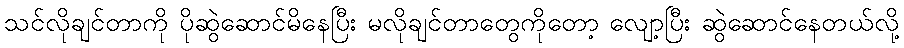
သင်လိုချင်တာကို ပိုဆွဲဆောင်မိနေပြီး မလိုချင်တာတွေကိုတော့ လျော့ပြီး ဆွဲဆောင်နေတယ်လို့